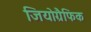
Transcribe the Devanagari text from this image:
जियोग्रैफिक